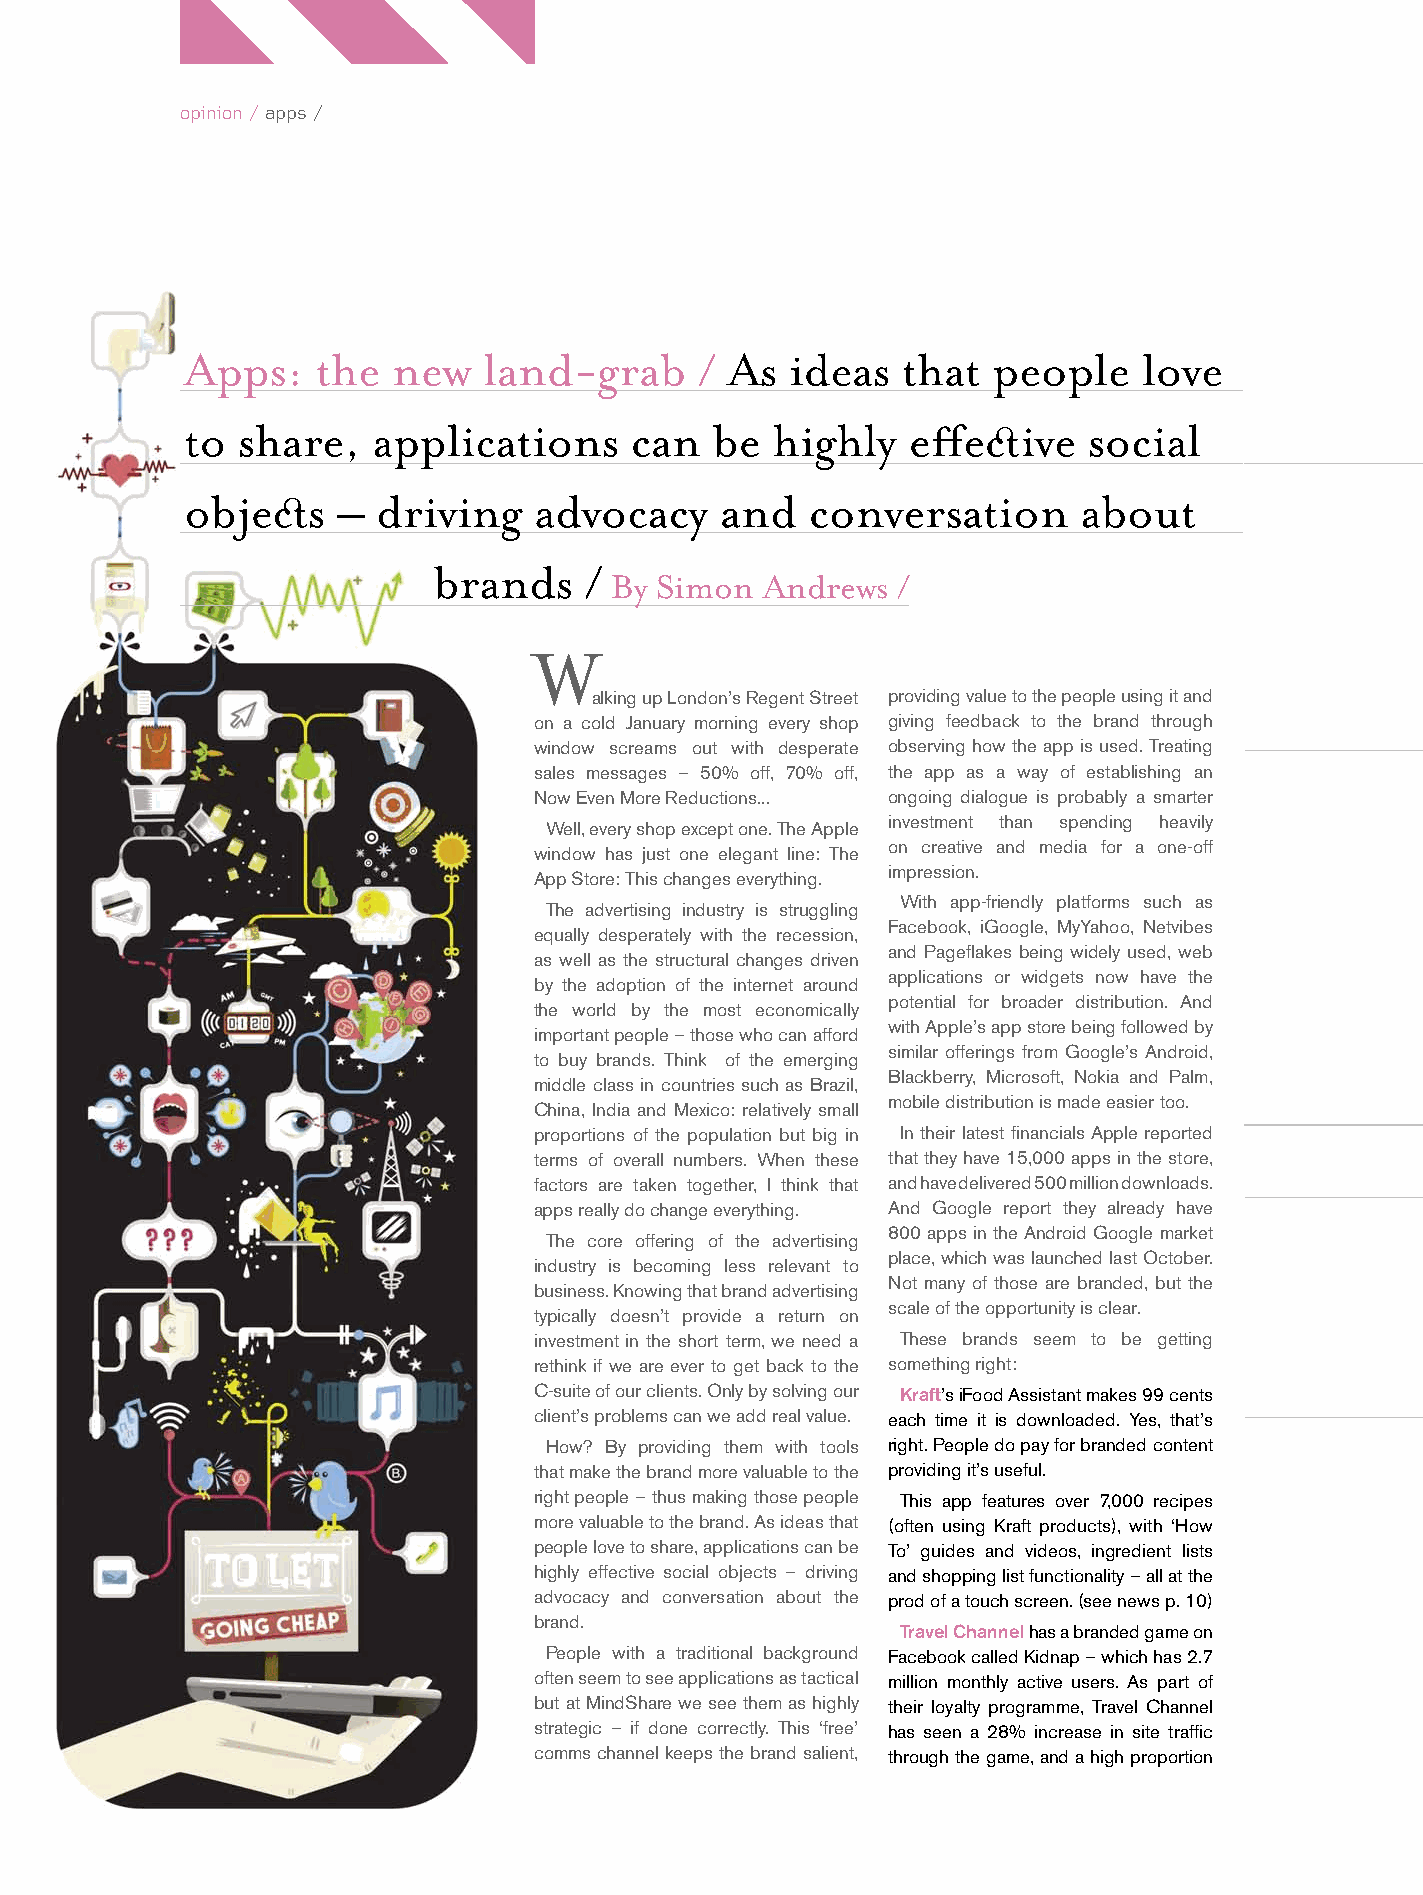
opinion / apps /
 Apps:    the  new   land-grab     / As  ideas  that  people    love
 to share,   applications     can   be  highly   efecive     social
 objecs    –  driving   advocacy    and   conversation      about
 brands    /
 By Simon  Andrews  /
 W
 alking up London’s Regent Street providing value to the people using it and
 on a cold January morning every shop giving feedback to the brand through
 window screams out with desperate observing how the app is used. Treating
 sales messages – 50% off, 70% off, the app as a way of establishing an
 Now Even More Reductions... ongoing dialogue is probably a smarter
 investment than spending heavily
 Well, every shop except one. The Apple
 on creative and media for a one-off
 window has just one elegant line: The
 impression.
 App Store: This changes everything.
 With app-friendly platforms such as
 The advertising industry is struggling
 Facebook, iGoogle, MyYahoo, Netvibes
 equally desperately with the recession,
 and Pageflakes being widely used, web
 as well as the structural changes driven
 applications or widgets now have the
 by the adoption of the internet around
 potential for broader distribution. And
 the world by the most economically
 with Apple’s app store being followed by
 important people – those who can afford
 similar offerings from Google’s Android,
 to buy brands. Think of the emerging
 Blackberry, Microsoft, Nokia and Palm,
 middle class in countries such as Brazil,
 mobile distribution is made easier too.
 China, India and Mexico: relatively small
 proportions of the population but big in In their latest financials Apple reported
 terms of overall numbers. When these that they have 15,000 apps in the store,
 factors are taken together, I think that and have delivered 500 million downloads.
 apps really do change everything. And Google report they already have
 800 apps in the Android Google market
 The core offering of the advertising
 place, which was launched last October.
 industry is becoming less relevant to
 Not many of those are branded, but the
 business. Knowing that brand advertising
 scale of the opportunity is clear.
 typically doesn’t provide a return on
 investment in the short term, we need a These brands seem to be getting
 rethink if we are ever to get back to the something right:
 C-suite of our clients. Only by solving our Kraft’s iFood Assistant makes 99 cents
 client’s problems can we add real value. each time it is downloaded. Yes, that’s
 How? By providing them with tools right. People do pay for branded content
 that make the brand more valuable to the providing it’s useful.
 right people – thus making those people This app features over 7,000 recipes
 more valuable to the brand. As ideas that (often using Kraft products), with ‘How
 people love to share, applications can be To’ guides and videos, ingredient lists
 highly effective social objects – driving and shopping list functionality – all at the
 advocacy and conversation about the prod of a touch screen. (see news p. 10)
 brand.
 Travel Channel has a branded game on
 People with a traditional background Facebook called Kidnap – which has 2.7
 often seem to see applications as tactical million monthly active users. As part of
 but at MindShare we see them as highly their loyalty programme, Travel Channel
 strategic – if done correctly. This ‘free’ has seen a 28% increase in site traffic
 comms channel keeps the brand salient, through the game, and a high proportion
 Apps.indd 2                                                                           5/3/09 15:37:56